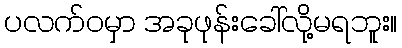
ပလက်ဝမှာ အခုဖုန်းခေါ်လို့မရဘူး။